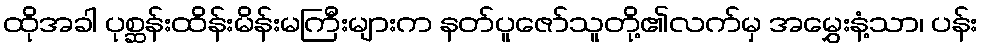
ထိုအခါ ပုစ္ဆန်းထိန်းမိန်းမကြီးများက နတ်ပူဇော်သူတို့၏လက်မှ အမွှေးနံ့သာ၊ ပန်း